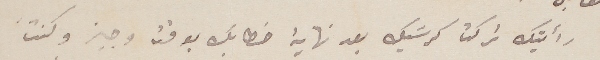
رأيتك تركت كرسَيك بعد نهاية خطابك بوقت وجيز وكنت